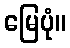
မြေပုံ။